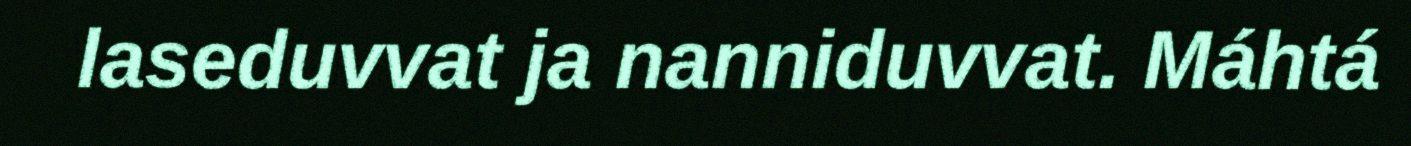
laseduvvat ja nanniduvvat. Máhtá